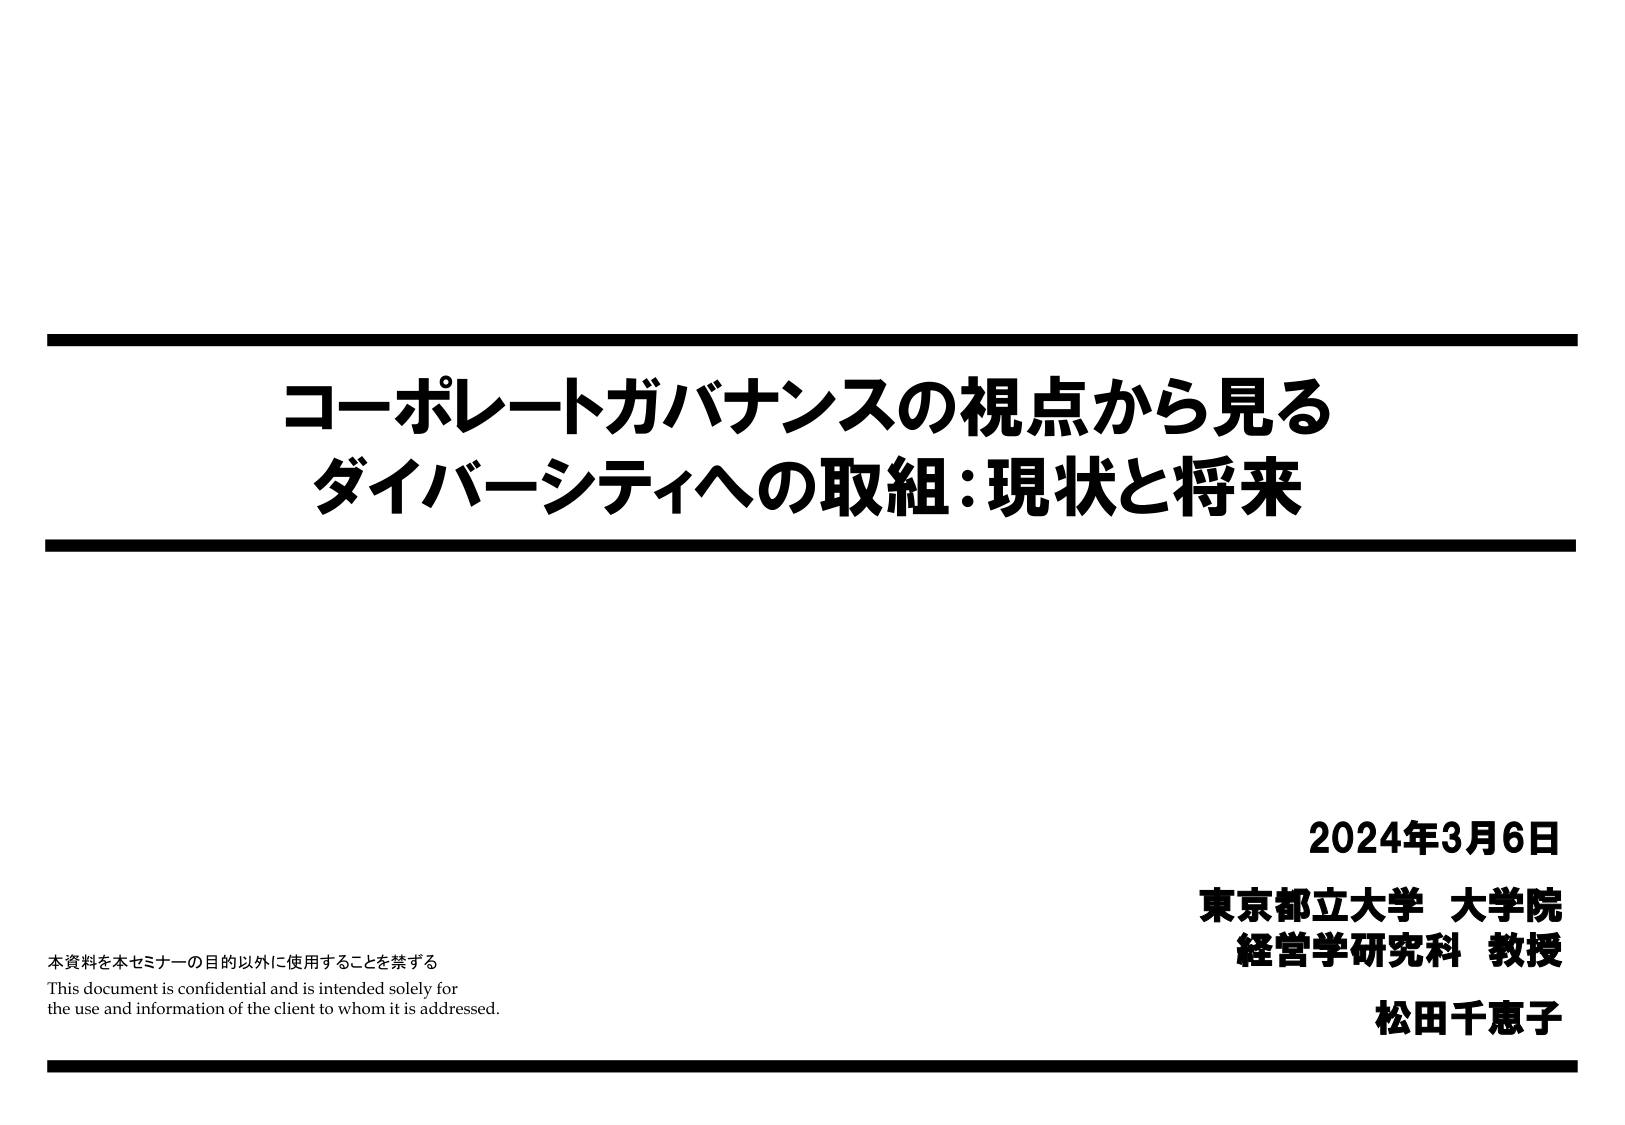
コーポレートガバナンスの視点から見る
ダイバーシティへの取組：現状と将来

2024年3月6日
東京都立大学 大学院
経営学研究科 教授
松田千恵子

本資料を本セミナーの目的以外に使用することを禁ずる
This document is confidential and is intended solely for
the use and information of the client to whom it is addressed.